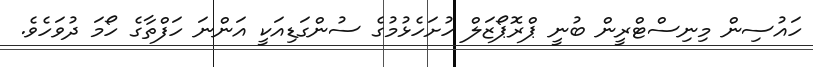
ހައުސިން މިނިސްޓްރީން ބުނީ ޕްރޮޕޯޒަލް ހުށަހެޅުމުގެ ސުންގަޑިއަކީ އަންނަ ހަފްތާގެ ހޯމަ ދުވަހެވެ.